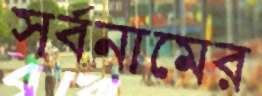
সর্বনামের